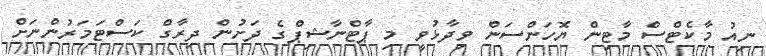
ނިއު މާކެޓްސް މާޓިން ޔޮހަންސަން ވިދާޅުވީ މި ޕާޓްނާޝިޕްގެ ދަށުން ދިރާގް ކަސްޓަމަރުންނަށް